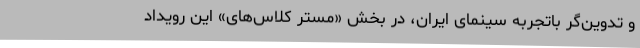
و تدوین‌گر باتجربه سینمای ایران، در بخش «مستر کلاس‌های» این رویداد